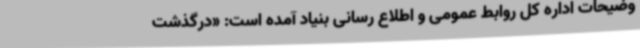
وضیحات اداره کل روابط عمومی و اطلاع رسانی بنیاد آمده است: «درگذشت